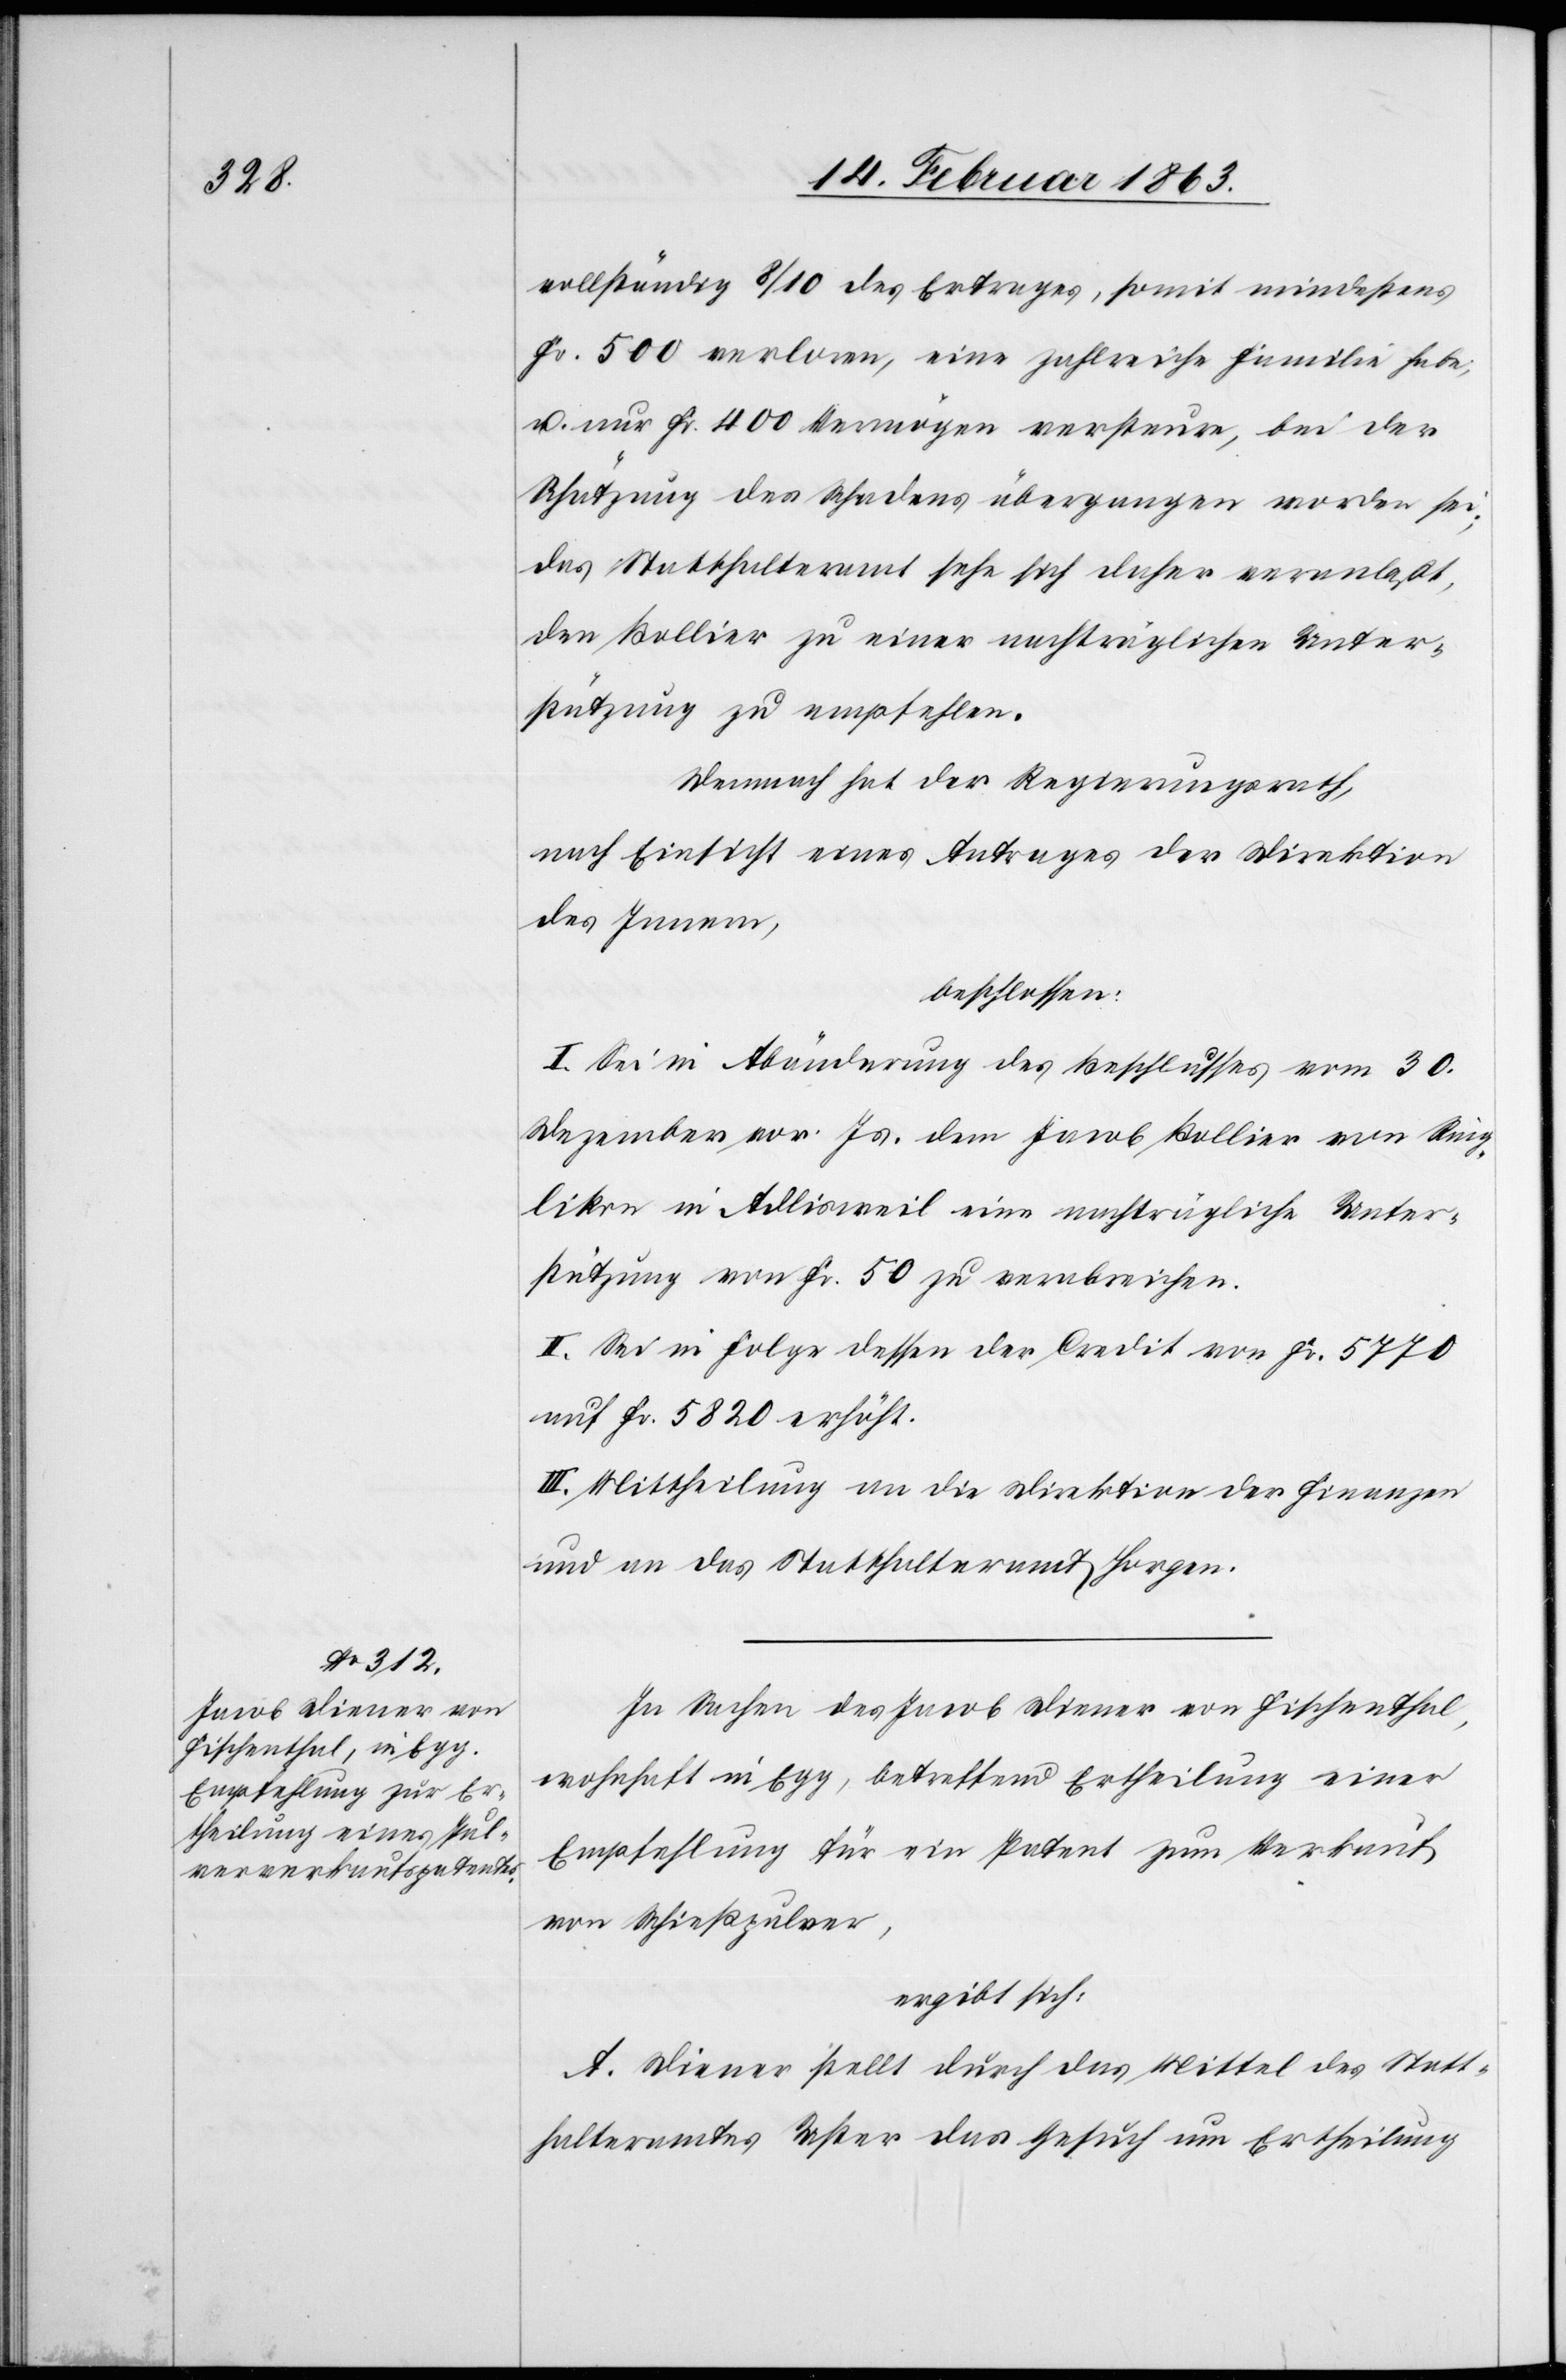
vollständig 8/10 des Ertrages, somit mindestens
Fr. 500 verloren, eine zahlreiche Familie habe;
u. nur Fr. 400 Vermögen versteure, bei der
Schätzung des Schadens übergangen worden sei;
das Statthalteramt sehe sich daher veranlaßt,
den Bollier zu einer nachträglichen Unter¬
stützung zu empfehlen.
Demnach hat der Regierungsrath,
nach Einsicht eines Antrages der Direktion
des Innern,
beschlossen:
I. Sei in Abänderung des Beschlusses vom 30.
Dezember vor. Js. dem Jacob Bollier von Ring¬
likon in Adlisweil eine nachträgliche Unter¬
stützung von Fr. 50 zu verabreichen.
II. Sei in Folge dessen der Credit von Fr. 5770
auf Fr. 5820 erhöht.
III. Mittheilung an die Direktion der Finanzen
und an das Statthalteramt Horgen.
In Sachen des Jacob Diener von Fischenthal,
wohnhaft in Egg, betreffend Ertheilung einer
Empfehlung für ein Patent zum Verkauf
von Schießpulver,
ergibt sich:
A. Diener stellt durch das Mittel des Statt¬
halteramtes Uster das Gesuch um Ertheilung